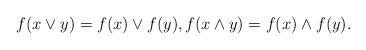
LaTeX: \begin{align*}f(x \vee y) = f(x) \vee f(y), f(x \wedge y) = f(x) \wedge f(y). \end{align*}